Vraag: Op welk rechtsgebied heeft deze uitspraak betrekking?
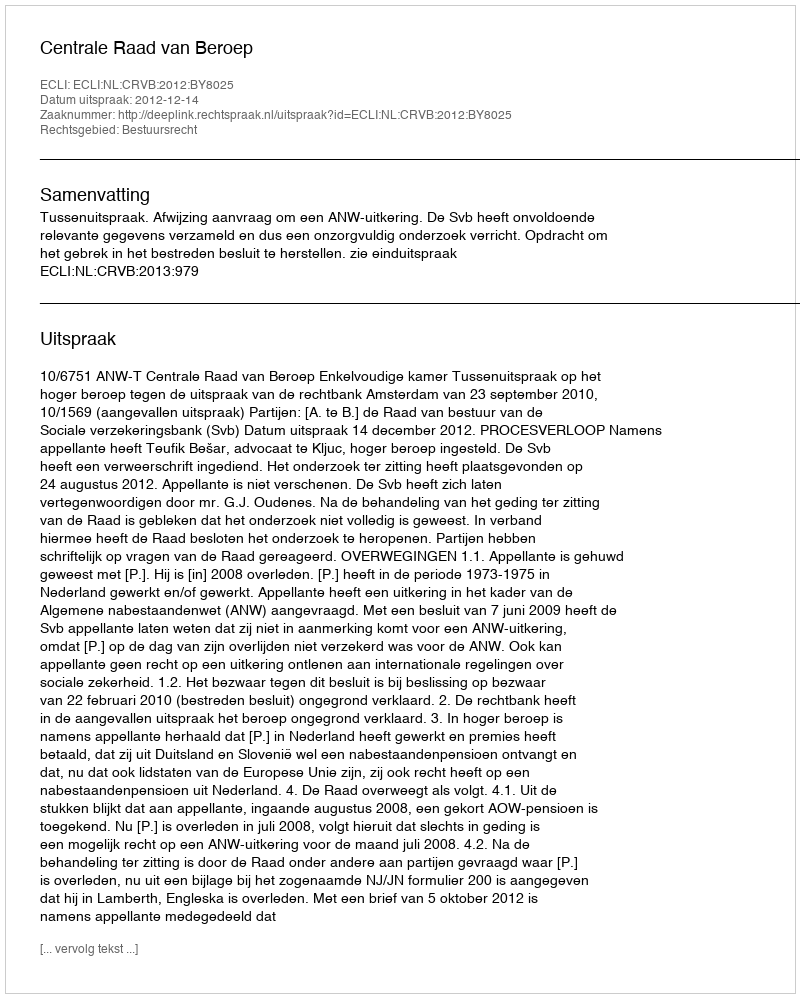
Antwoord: Bestuursrecht